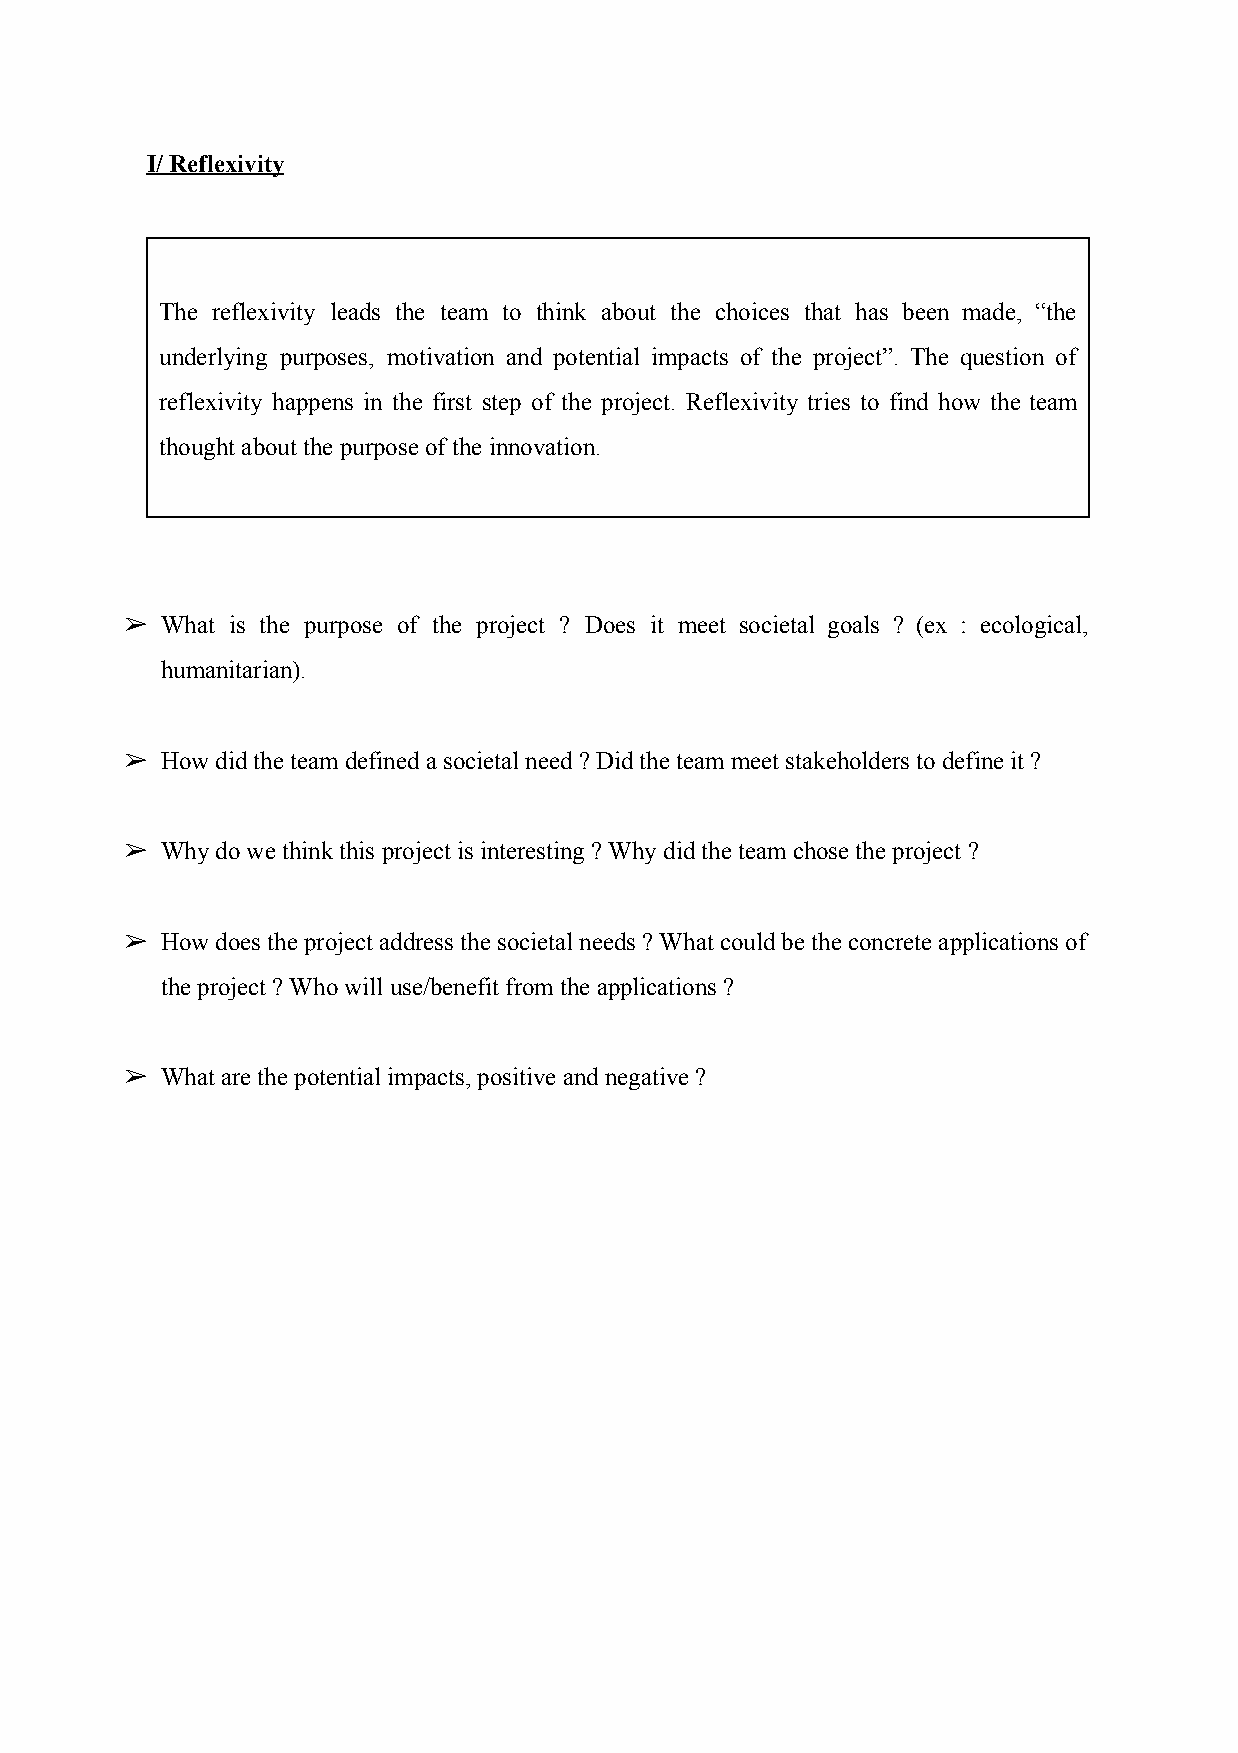
I/ Reflexivity
 The reflexivity leads the team to think about the choices that has been made, “the
 underlying purposes, motivation and potential impacts of the project”. The question of
 reflexivity happens in the first step of the project. Reflexivity tries to find how the team
 thought about the purpose of the innovation.
 ➢  What is the purpose of the project ? Does it meet societal goals ? (ex : ecological,
 humanitarian).
 ➢  How did the team defined a societal need ? Did the team meet stakeholders to define it ?
 ➢  Why do we think this project is interesting ? Why did the team chose the project ?
 ➢  How does the project address the societal needs ? What could be the concrete applications of
 the project ? Who will use/benefit from the applications ?
 ➢  What are the potential impacts, positive and negative ?